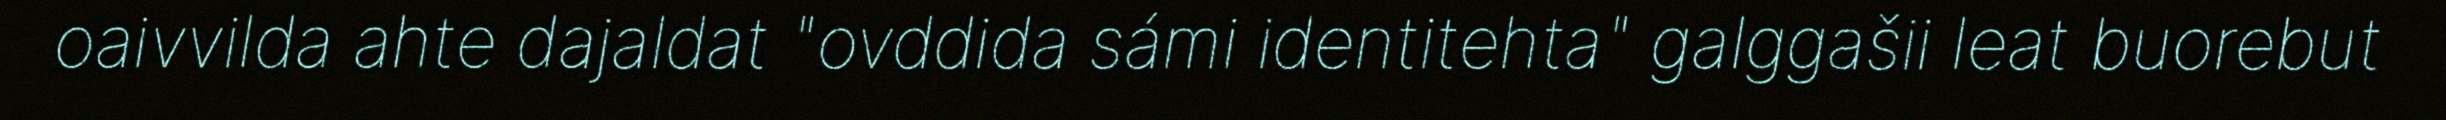
oaivvilda ahte dajaldat "ovddida sámi identitehta" galggašii leat buorebut